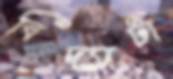
বিদ্যাটা